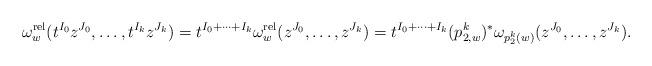
LaTeX: \begin{align*}\omega^{\rm rel}_w(t^{I_0}z^{J_0},\dots, t^{I_k}z^{J_k})=t^{I_0+\cdots+I_k}\omega^{\rm rel}_w(z^{J_0},\dots, z^{J_k})=t^{I_0+\cdots+I_k}(p^k_{2,w})^*\omega_{p_2^k(w)}(z^{J_0},\dots, z^{J_k}).\end{align*}